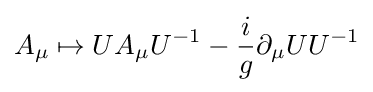
A_{\mu }\mapsto UA_{\mu }U^{-1}-{\frac {i}{g}}\partial _{\mu }UU^{-1}